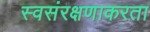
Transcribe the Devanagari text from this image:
स्वसंरक्षणाकरता